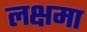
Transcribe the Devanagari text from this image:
लक्षमा